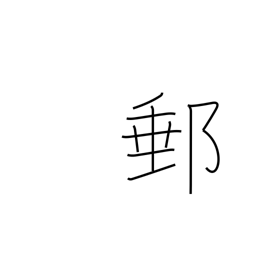
Meaning: mail